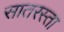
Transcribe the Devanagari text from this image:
सातरस्ता